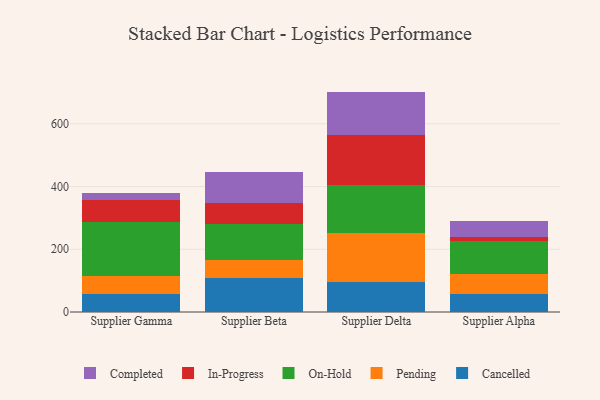
{"axis": {"x": "Supplier", "y": "Shipments"}, "legend": ["Cancelled", "Completed", "In-Progress", "On-Hold", "Pending"], "data": [{"x": "Supplier Gamma", "y": 56.4, "type": "Cancelled"}, {"x": "Supplier Gamma", "y": 57.2, "type": "Pending"}, {"x": "Supplier Gamma", "y": 174.1, "type": "On-Hold"}, {"x": "Supplier Gamma", "y": 68.3, "type": "In-Progress"}, {"x": "Supplier Gamma", "y": 24.5, "type": "Completed"}, {"x": "Supplier Beta", "y": 108.9, "type": "Cancelled"}, {"x": "Supplier Beta", "y": 57.2, "type": "Pending"}, {"x": "Supplier Beta", "y": 113.1, "type": "On-Hold"}, {"x": "Supplier Beta", "y": 68.2, "type": "In-Progress"}, {"x": "Supplier Beta", "y": 97.9, "type": "Completed"}, {"x": "Supplier Delta", "y": 96.6, "type": "Cancelled"}, {"x": "Supplier Delta", "y": 154.3, "type": "Pending"}, {"x": "Supplier Delta", "y": 155.0, "type": "On-Hold"}, {"x": "Supplier Delta", "y": 158.9, "type": "In-Progress"}, {"x": "Supplier Delta", "y": 138.0, "type": "Completed"}, {"x": "Supplier Alpha", "y": 58.4, "type": "Cancelled"}, {"x": "Supplier Alpha", "y": 63.6, "type": "Pending"}, {"x": "Supplier Alpha", "y": 105.5, "type": "On-Hold"}, {"x": "Supplier Alpha", "y": 12.5, "type": "In-Progress"}, {"x": "Supplier Alpha", "y": 50.9, "type": "Completed"}]}